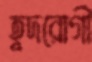
হূদরোগী